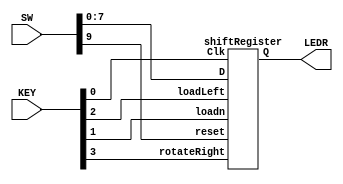
`timescale 1ns / 1ns

module lab4part3 (SW, KEY, LEDR);
    input [9:0] SW;
    input [3:0] KEY;
    output [7:0] LEDR;

    shiftRegister top(
        .Clk(KEY[0]),
        .reset(SW[9]),
        .loadn(KEY[1]),
        .loadLeft(KEY[2]),
        .rotateRight(KEY[3]),
        .D(SW[7:0]),
        .Q(LEDR[7:0])
    );

endmodule

module shiftRegister(Clk, reset, loadn, loadLeft,rotateRight, D, Q); //loadn = parallel load n,loadleft= rotateright
    input Clk, reset, loadn, loadLeft, rotateRight;
    input [7:0] D;
    output reg [7:0] Q;

    always@(posedge Clk)
			begin
			if (reset)
				begin
				Q <= {8{1'b0}};//if the program is reset then q =00000000
				end
				
         else
				begin
				
				if (loadn) //if loadn is true
					begin
					
					if (loadLeft)   //if loadleft is true
						begin
						
						if (~rotateRight)   //if load left while moving left value to right is true
							begin
								Q[0] <= Q[1];
								Q[1] <= Q[2];
								Q[2] <= Q[3];
								Q[3] <= Q[4];
								Q[4] <= Q[5];
								Q[5] <= Q[6];
								Q[6] <= Q[7];
								Q[7] <= Q[0];
							end
						else    //else dont carry over the q7 value to be q1
							begin
								Q[0] <= Q[1];
								Q[1] <= Q[2];
								Q[2] <= Q[3];
								Q[3] <= Q[4];
								Q[4] <= Q[5];
								Q[5] <= Q[6];
								Q[6] <= Q[7];
								Q[7] <= 1'b0;
							end
						end
						
					else    //other way around
						begin
							Q[7] <= Q[6];
							Q[6] <= Q[5];
							Q[5] <= Q[4];
							Q[4] <= Q[3];
							Q[3] <= Q[2];
							Q[2] <= Q[1];
							Q[1] <= Q[0];
							Q[0] <= Q[7];
						end
					end
					
				else
					begin
                Q <= D; //load the value of n (set the value) to be d  
					end
				end 
			end
endmodule